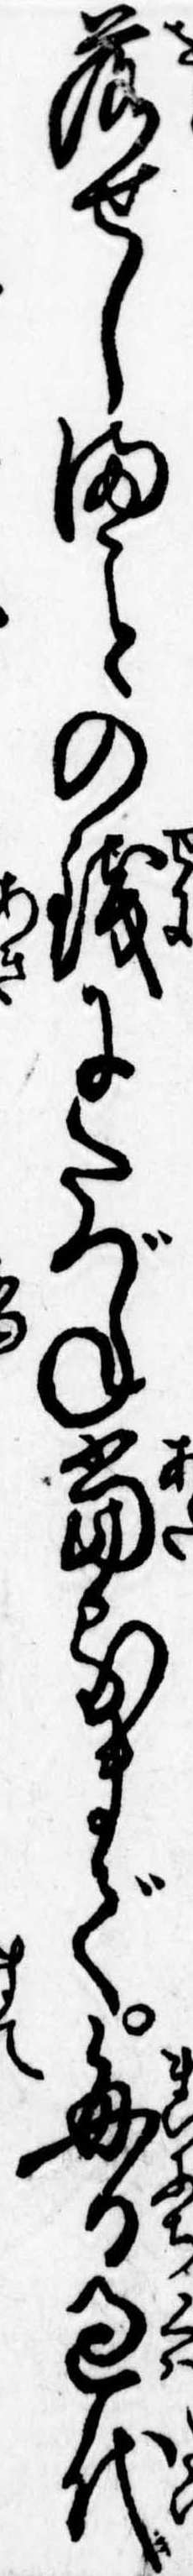
落せしまの銭にたづね当るまで毎日過代